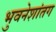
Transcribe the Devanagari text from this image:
भुवनेशांतग